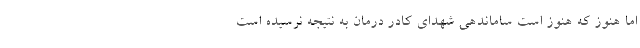
اما هنوز که هنوز است ساماندهی شهدای کادر درمان به نتیجه نرسیده است